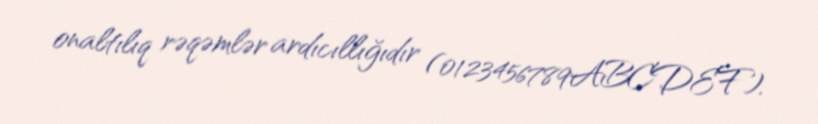
onaltılıq rəqəmlər ardıcıllığıdır (0123456789ABCDEF).